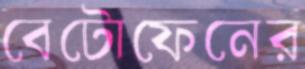
বেটোফেনের